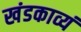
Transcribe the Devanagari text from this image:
खंडकाव्यं